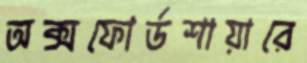
অক্সফোর্ডশায়ারে